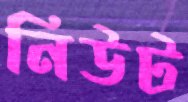
নিউট